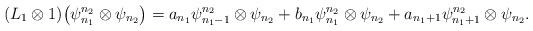
LaTeX: \begin{gather*}(L_1\otimes 1)\big(\psi_{n_1}^{n_2}\otimes\psi_{n_2}\big)= a_{n_1} \psi_{n_1-1}^{n_2}\otimes\psi_{n_2} + b_{n_1} \psi_{n_1}^{n_2}\otimes\psi_{n_2} + a_{n_1+1}\psi_{n_1+1}^{n_2}\otimes\psi_{n_2}.\end{gather*}